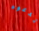
تدعوه